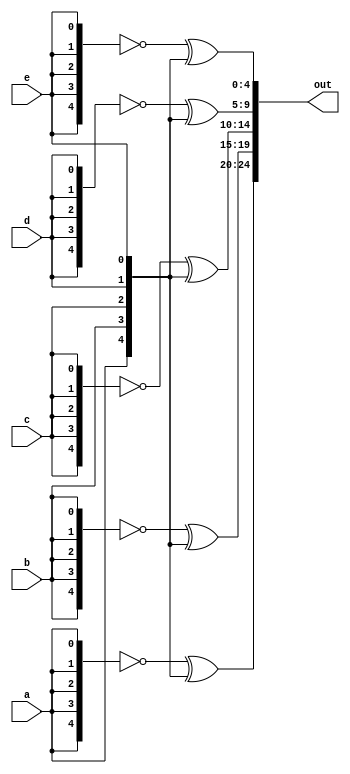
module top_module (
    input a, b, c, d, e,
    output [24:0] out );//

    assign out[24:20] = ~ {5{a}} ^ {a, b, c, d, e};
    assign out[19:15] = ~ {5{b}} ^ {a, b, c, d, e};
    assign out[14:10] = ~ {5{c}} ^ {a, b, c, d, e};
    assign out[9:5] = ~ {5{d}} ^ {a, b, c, d, e};
    assign out[4:0] = ~ {5{e}} ^ {a, b, c, d, e};

endmodule